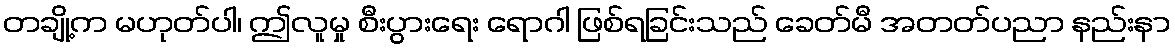
တချို့က မဟုတ်ပါ၊ ဤလူမှု စီးပွားရေး ရောဂါ ဖြစ်ရခြင်းသည် ခေတ်မီ အတတ်ပညာ နည်းနာ